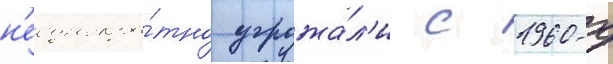
н'еоднокра́тно угрожа́л'и с 1960-х